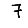
Digit: 7